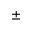
\pm